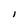
Character: i